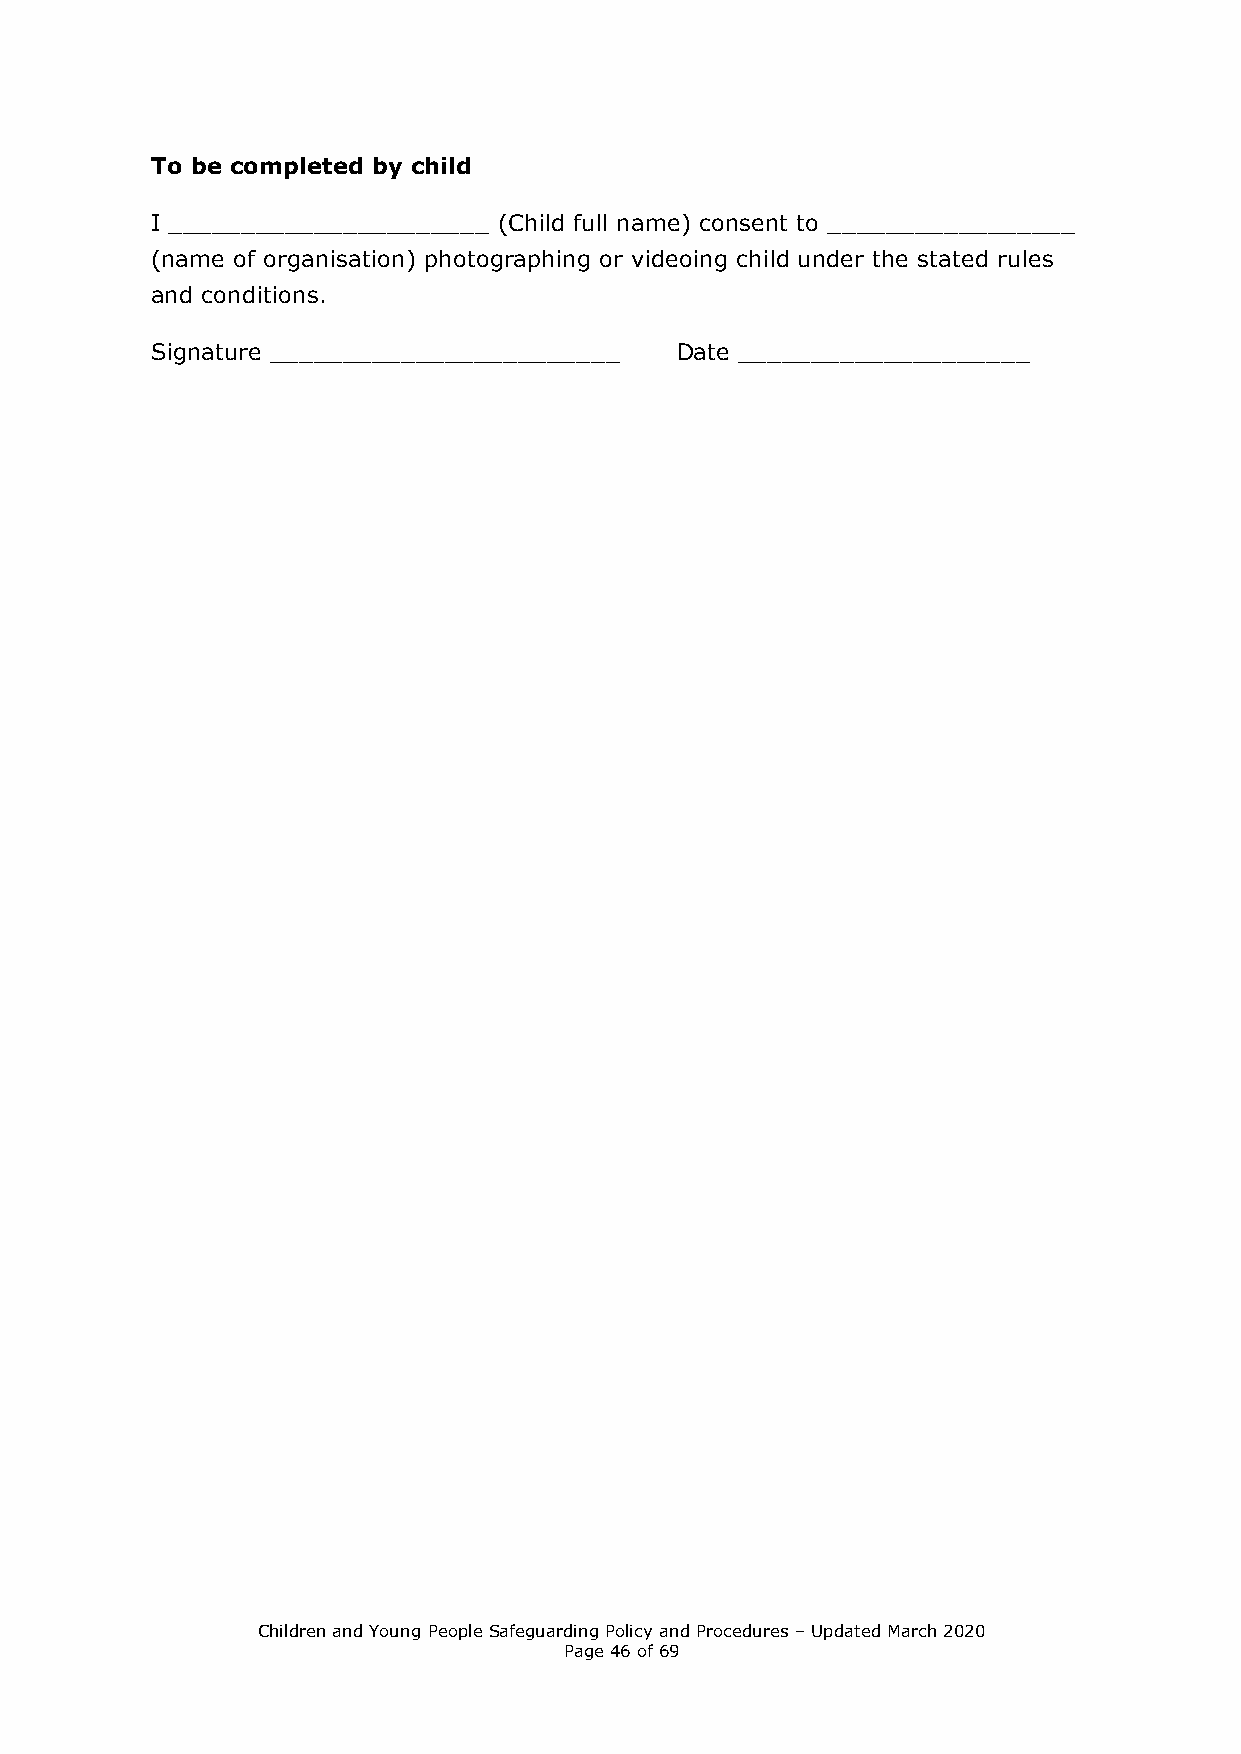
To be completed by child
 I ______________________ (Child full name) consent to _________________
 (name of organisation) photographing or videoing child under the stated rules
 and conditions.
 Signature ________________________ Date ____________________
 Children and Young People Safeguarding Policy and Procedures – Updated March 2020
 Page 46 of 69